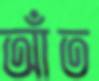
আঁত